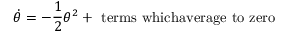
\dot { \theta } = - \frac { 1 } { 2 } \theta ^ { 2 } + \mathrm { ~ t e r m s ~ w h i c h a v e r a g e ~ t o ~ z e r o }